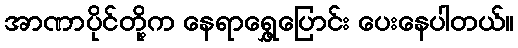
အာဏာပိုင်တို့က နေရာရွှေ့ပြောင်း ပေးနေပါတယ်။